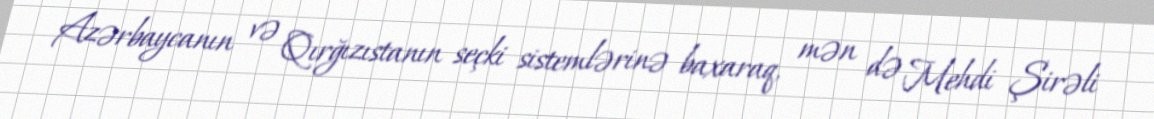
Azərbaycanın və Qırğızıstanın seçki sistemlərinə baxaraq, mən də Mehdi Şirəli